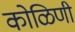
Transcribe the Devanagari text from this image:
कोळिणी